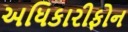
અધિકારીફોન